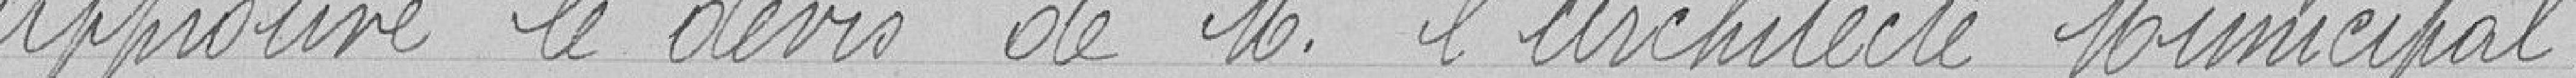
Approuve le devis de Monsieur l'Architecte Municipal.